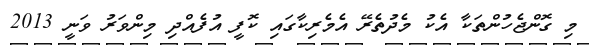
މި ގޮންޖެހުންތަކާ އެކު މެދުތެރޭ އެމެރިކާގައި ކޮފީ އުފެއްދި މިންވަރު ވަނީ 2013